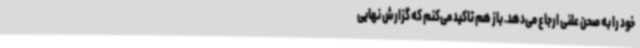
خود را به صحن علنی ارجاع می‌دهد. باز هم تاکید می‌کنم که گزارش نهایی